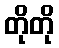
တိုတို